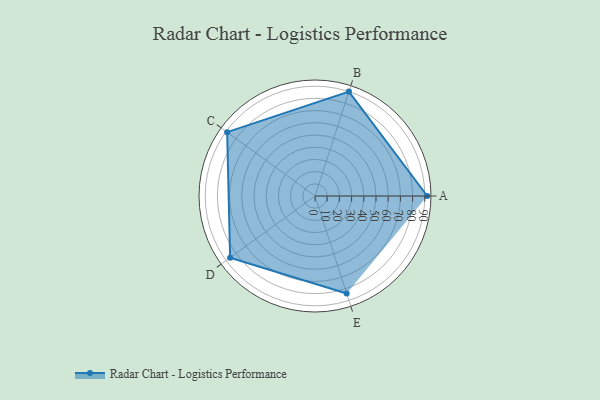
{"axis": {"x": "Skill", "y": "Score"}, "legend": ["Profile"], "data": [{"x": "A", "y": 92.0, "type": "Profile"}, {"x": "B", "y": 90.0, "type": "Profile"}, {"x": "C", "y": 89.0, "type": "Profile"}, {"x": "D", "y": 86.0, "type": "Profile"}, {"x": "E", "y": 84.0, "type": "Profile"}]}